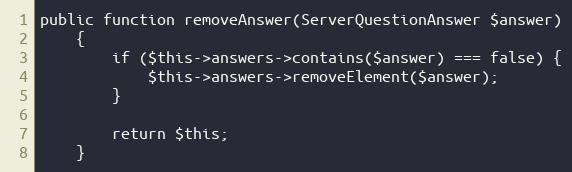
Language: PHP
public function removeAnswer(ServerQuestionAnswer $answer)
    {
        if ($this->answers->contains($answer) === false) {
            $this->answers->removeElement($answer);
        }

        return $this;
    }